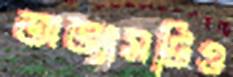
অভ্যাসটিও